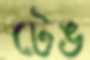
টেঙ